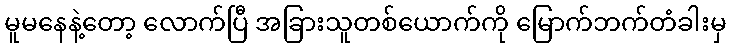
မူမနေနဲ့တော့ လောက်ပြီ အခြားသူတစ်ယောက်ကို မြောက်ဘက်တံခါးမှ